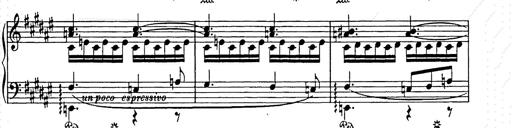
Title: Weihnachtsbaum
Composer: Franz Liszt